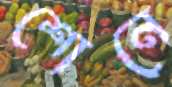
শোনে